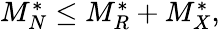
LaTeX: \begin{array}{r}{M_{N}^{*}\le M_{R}^{*}+M_{X}^{*},}\end{array}